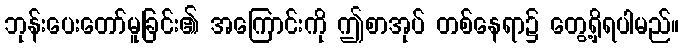
ဘုန်းပေးတော်မူခြင်း၏ အကြောင်းကို ဤစာအုပ် တစ်နေရာ၌ တွေ့ရှိရပါမည်။